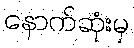
နောက်ဆုံးမှ